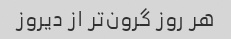
هر روز گرون‌تر از دیروز